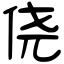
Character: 侥